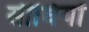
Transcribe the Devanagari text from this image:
सीधियों